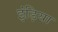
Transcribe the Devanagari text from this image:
इंड़िया